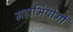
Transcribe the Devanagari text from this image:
महाभियोगों